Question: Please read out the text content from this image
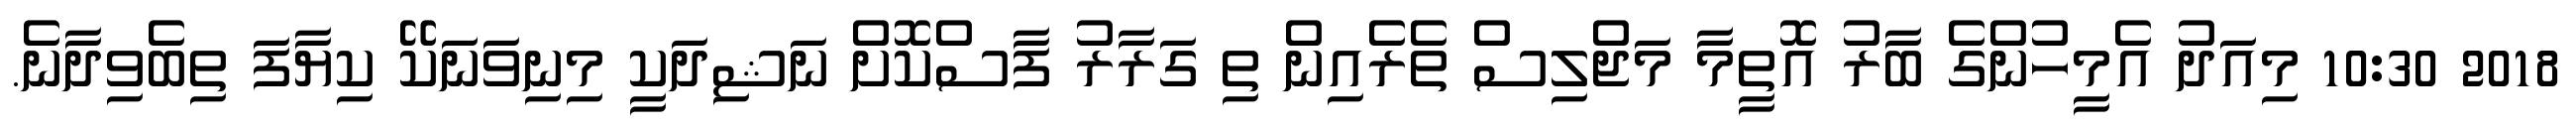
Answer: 2018 10:30 މިއަދު އެމީހުންގެ ބާރު އޮތީމާ މަޖްލިސް ތެރެއިން ތި ގަރާރު ފާސްކޮށް ނަޝިދަކީ މިނިވަނަކޭ ކިޔާފަ ތިބެވިދާނެ.